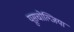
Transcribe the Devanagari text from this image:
यूसचोल्जिया